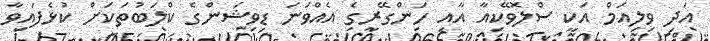
އަދި ވިލިއަމް އަކީ ސްލޮވޭކިއާ އާއި ހަންގޭރީގެ އެއްވަނަ ޑިވިޝަންގެ ކްލަބުތަކަށް ކުޅެފައިވާ